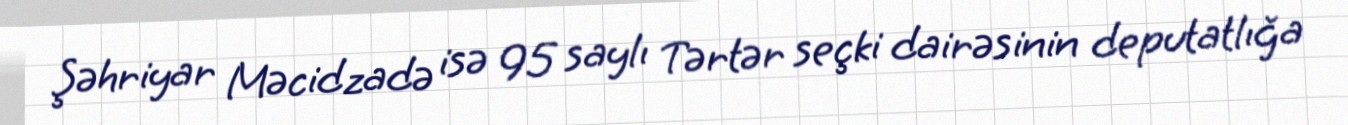
Şəhriyar Məcidzadə isə 95 saylı Tərtər seçki dairəsinin deputatlığa